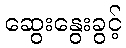
ဆွေးနွေးခွင့်